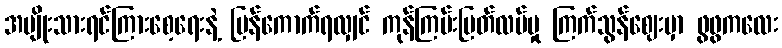
အမျိုးသားရင်ကြားစေ့ရေးနဲ့ ပြန်ကောက်ရလျှင် ကုန်ကြမ်းပြတ်လပ်မှု ကြက်သွန်ဈေးမှာ ဖွဖွကလေး